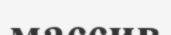
массив